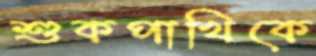
শুকপাখিকে